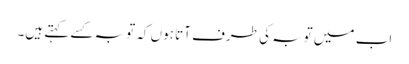
اب میں توبہ کی طرف آتا ہوں کہ توبہ کسے کہتے ہیں۔